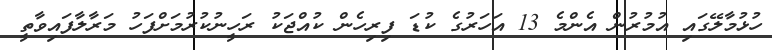
ހުޅުމާލޭގައި އުމުރުން އެންމެ 13 އަހަރުގެ ކުޑަ ފިރިހެން ކުއްޖަކު ރަހީނުކުރުމަށްފަހު މަރާލާފައިވާތީ